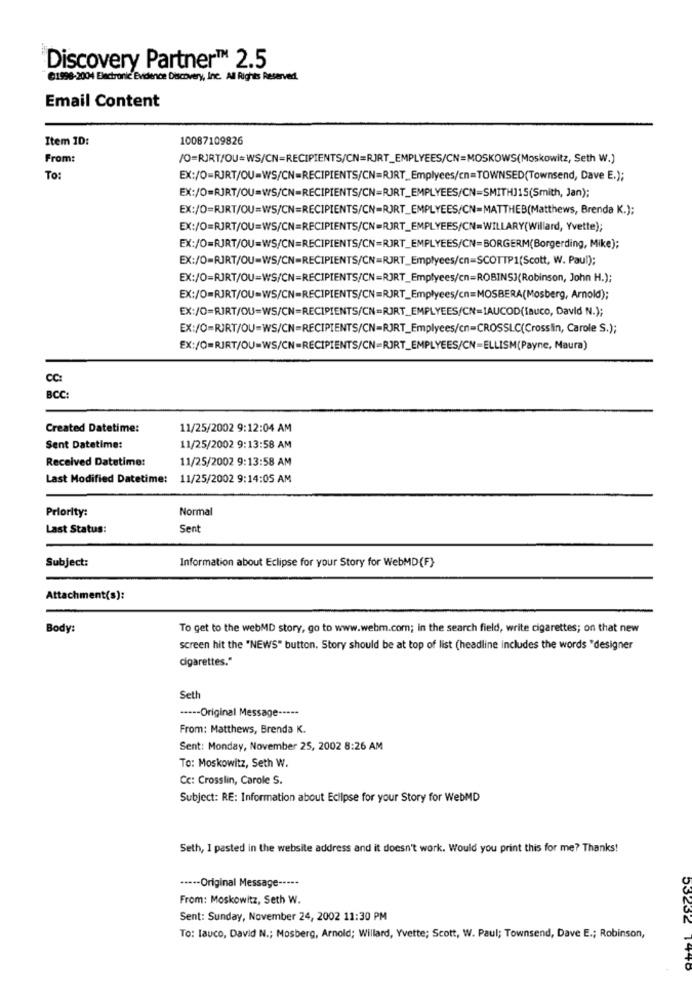
Discovery Partner™ 2.5
61996-2004 Electronic Evidence Discovery, Inc. All Rights Reserved.
Email Content
Item ID:
10087109826
From:
/O=RIRT/OU=WS/CN=RECIPIENTS/CN=RJRT_EMPLYEES/CN=MOSKOWS(Moskowitz, Seth W.)
To:
EX:/0=RJRT/OU=WS/CN=RECIPIENTS/CN=RJRT_Emplyees/cn=TOWNSED(Townsend, Dave E.);
EX:/0=RJRT/OU=WS/CN=RECIPIENTS/CN=RJRT_EMPLYEES/CN=SMITH115(Smith, Jan);
EX:/0=RJRT/OU=WS/CN=RECIPIENTS/CN=RJRT_EMPLYEES/CN=MATTHEB(Matthews, Brenda K.);
EX:/O=RJRT/OU=WS/CN=RECIPIENTS/CN=RJRT_EMPLYEES/CN=WILLARY(Willard, Yvette);
EX:/0=RJRT/OU=WS/CN=RECIPIENTS/CN=RJRT_EMPLYEES/CN=BORGERM(Borgerding, Mike);
EX:/0=RJRT/OU=WS/CN=RECIPIENTS/CN=RJRT_Emptyees/cn=SCOTTP1(Scott, W. Paul);
EX:/0=RJRT/OU=WS/CN=RECIPIENTS/CN=RJRT_Emptyees/cn=ROBINSJ(Robinson, John H.);
EX:/O=RJRT/OU=WS/CN=RECIPIENTS/CN=RJRT_Emptyees/cn=MOSBERA(Mosberg, Arnold);
EX:/O=RIRT/OU=WS/CN=RECIPIENTS/CN=RJRT_EMPLYEES/CN=IAUCOD(fauco, David N.);
EX:/0=RJRT/OU=WS/CN=RECIPIENTS/CN=RJRT_Emplyees/cn=CROSSLC(Crosslin, Carole S.);
EX:/O=RJRT/OU=WS/CN=RECIPIENTS/CN=RJRT_EMPLYEES/CN=ELLISM(Payne, Maura)
CC:
BCC
Created Datetime:
11/25/2002 9:12:04 AM
Sent Datetime:
11/25/2002 9:13:58 AM
Received Datetime:
11/25/2002 9:13:58 AM
Last Modified Datetime:
11/25/2002 9:14:05 AM
Priority:
Normal
Last Status:
Sent
Subject:
Information about Eclipse for your Story for WebMD(F)-
Attachment(s):
Body:
To get to the webMD story, go to www.webm.com; in the search field, write cigarettes; on that new
screen hit the "NEWS" button. Story should be at top of list (headline includes the words "designer
Cigarettes."
Sett
----- Original Message -----
From: Matthews, Brenda K.
Sent: Monday, November 25, 2002 8:26 AM
To: Moskowitz, Seth W.
Cc: Crosslin, Carole S.
Subject: RE: Information about Eclipse for your Story for WebMD
Seth, I pasted in the website address and it doesn't work. Would you print this for me? Thanks!
··--- Original Message -----
From: Moskowitz, Seth W.
Sent: Sunday, November 24, 2002 11:30 PM
To: lauco, David N .; Mosberg, Arnold; Willard, Yvette; Scott, W. Paul; Townsend, Dave E .; Robinson,
53232 1446